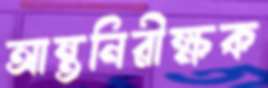
আন্তনিরীক্ষক